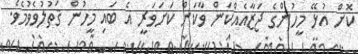
ކޮށް އުޅޭ މީހުންގެ ޖަޒާއެއްކަން ވާކަން ކަށަވަރީ އެ ބައި މީހުން ޤަތުލުވެވުމެވެ.